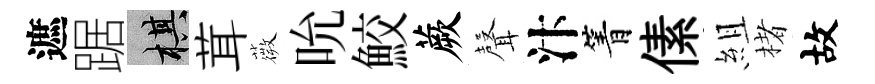
遮踞棋茸薇吮鮫蕨𮋻汴箐傃組楮故